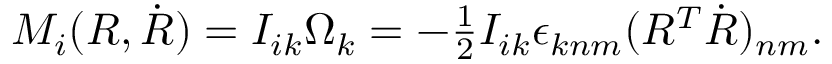
\begin{array} { r } { M _ { i } ( R , \dot { R } ) = I _ { i k } \Omega _ { k } = - \frac 1 2 I _ { i k } \epsilon _ { k n m } ( R ^ { T } \dot { R } ) _ { n m } . } \end{array}